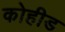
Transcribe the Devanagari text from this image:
कोहीड